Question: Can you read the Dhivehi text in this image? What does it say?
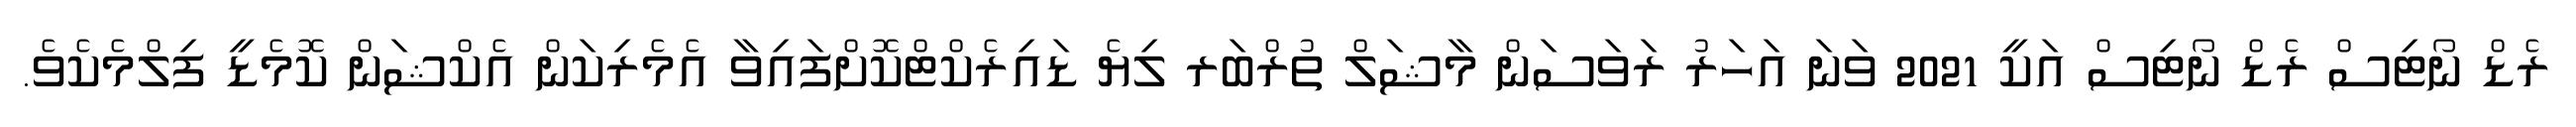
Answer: ރެޑް ނޯޓިސް ރެޑް ނޯޓިސް އަކީ 2021 ވަނަ އަހަރު ރަވަސަން މާޝަލް ތުރްބަރ ލިޔެ ޑައިރެކްޓްކޮށްފައިވާ އެމެރިކަން އެކްޝަން ކޮމެޑީ ފިލްމެކެވެ.